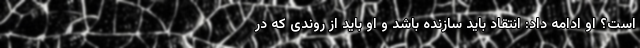
است؟ او ادامه داد: انتقاد باید سازنده باشد و او باید از روندی که در